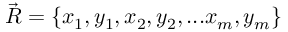
\vec { R } = \{ x _ { 1 } , y _ { 1 } , x _ { 2 } , y _ { 2 } , . . . x _ { m } , y _ { m } \}